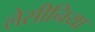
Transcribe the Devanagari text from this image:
लेसीनिया